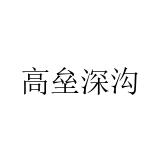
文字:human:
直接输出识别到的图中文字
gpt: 高垒深沟